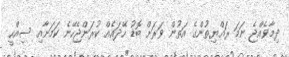
ދިމާވެއްޖެ ނަމަ ރައްޔިތުންގެ އަތުން ވަރަށް ބޮޑު ހޭދައެއް ކުރަންޖެހޭނެ ކަމަށާއި ސިއްހީ